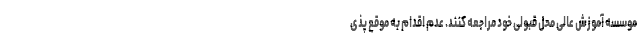
موسسه آموزش عالی محل قبولی خود مراجعه کنند. عدم اقدام به موقع پذی